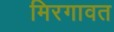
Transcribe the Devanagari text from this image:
मिरगावत